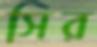
সির